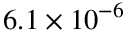
6 . 1 \times 1 0 ^ { - 6 }